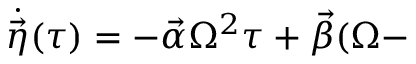
\dot { \vec { \eta } } ( \tau ) = - \vec { \alpha } \Omega ^ { 2 } \tau + \vec { \beta } ( \Omega -